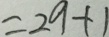
= 2 9 + 1